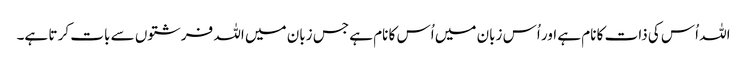
اللہ اُس کی ذات کا نام ہے اور اُس زبان میں اُس کا نام ہے جس زبان میں اللہ فرشتوں سے بات کر تا ہے۔